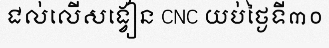
ជល់លើសង្វៀន CNC យប់ថ្ងៃទី៣០